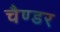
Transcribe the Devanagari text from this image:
चैण्डर